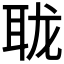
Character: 𰭹